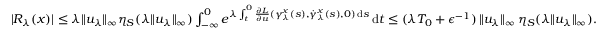
\begin{array} { r } { | R _ { \lambda } ( x ) | \leq \lambda \| u _ { \lambda } \| _ { \infty } \eta _ { S } ( \lambda \| u _ { \lambda } \| _ { \infty } ) \int _ { - \infty } ^ { 0 } e ^ { \lambda \int _ { t } ^ { 0 } \frac { \partial L } { \partial u } ( \gamma _ { \lambda } ^ { x } ( s ) , \dot { \gamma } _ { \lambda } ^ { x } ( s ) , 0 ) \, \mathrm { d } s } \, \mathrm { d } t \leq ( \lambda T _ { 0 } + \epsilon ^ { - 1 } ) \, \| u _ { \lambda } \| _ { \infty } \, \eta _ { S } ( \lambda \| u _ { \lambda } \| _ { \infty } ) . } \end{array}